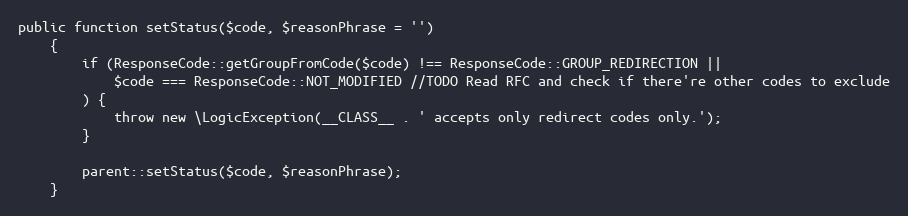
Language: PHP
public function setStatus($code, $reasonPhrase = '')
    {
        if (ResponseCode::getGroupFromCode($code) !== ResponseCode::GROUP_REDIRECTION ||
            $code === ResponseCode::NOT_MODIFIED //TODO Read RFC and check if there're other codes to exclude
        ) {
            throw new \LogicException(__CLASS__ . ' accepts only redirect codes only.');
        }

        parent::setStatus($code, $reasonPhrase);
    }